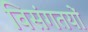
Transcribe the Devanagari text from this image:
विसंगतयों